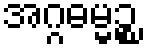
အဂ္ဂဓမ္မဉ္စ